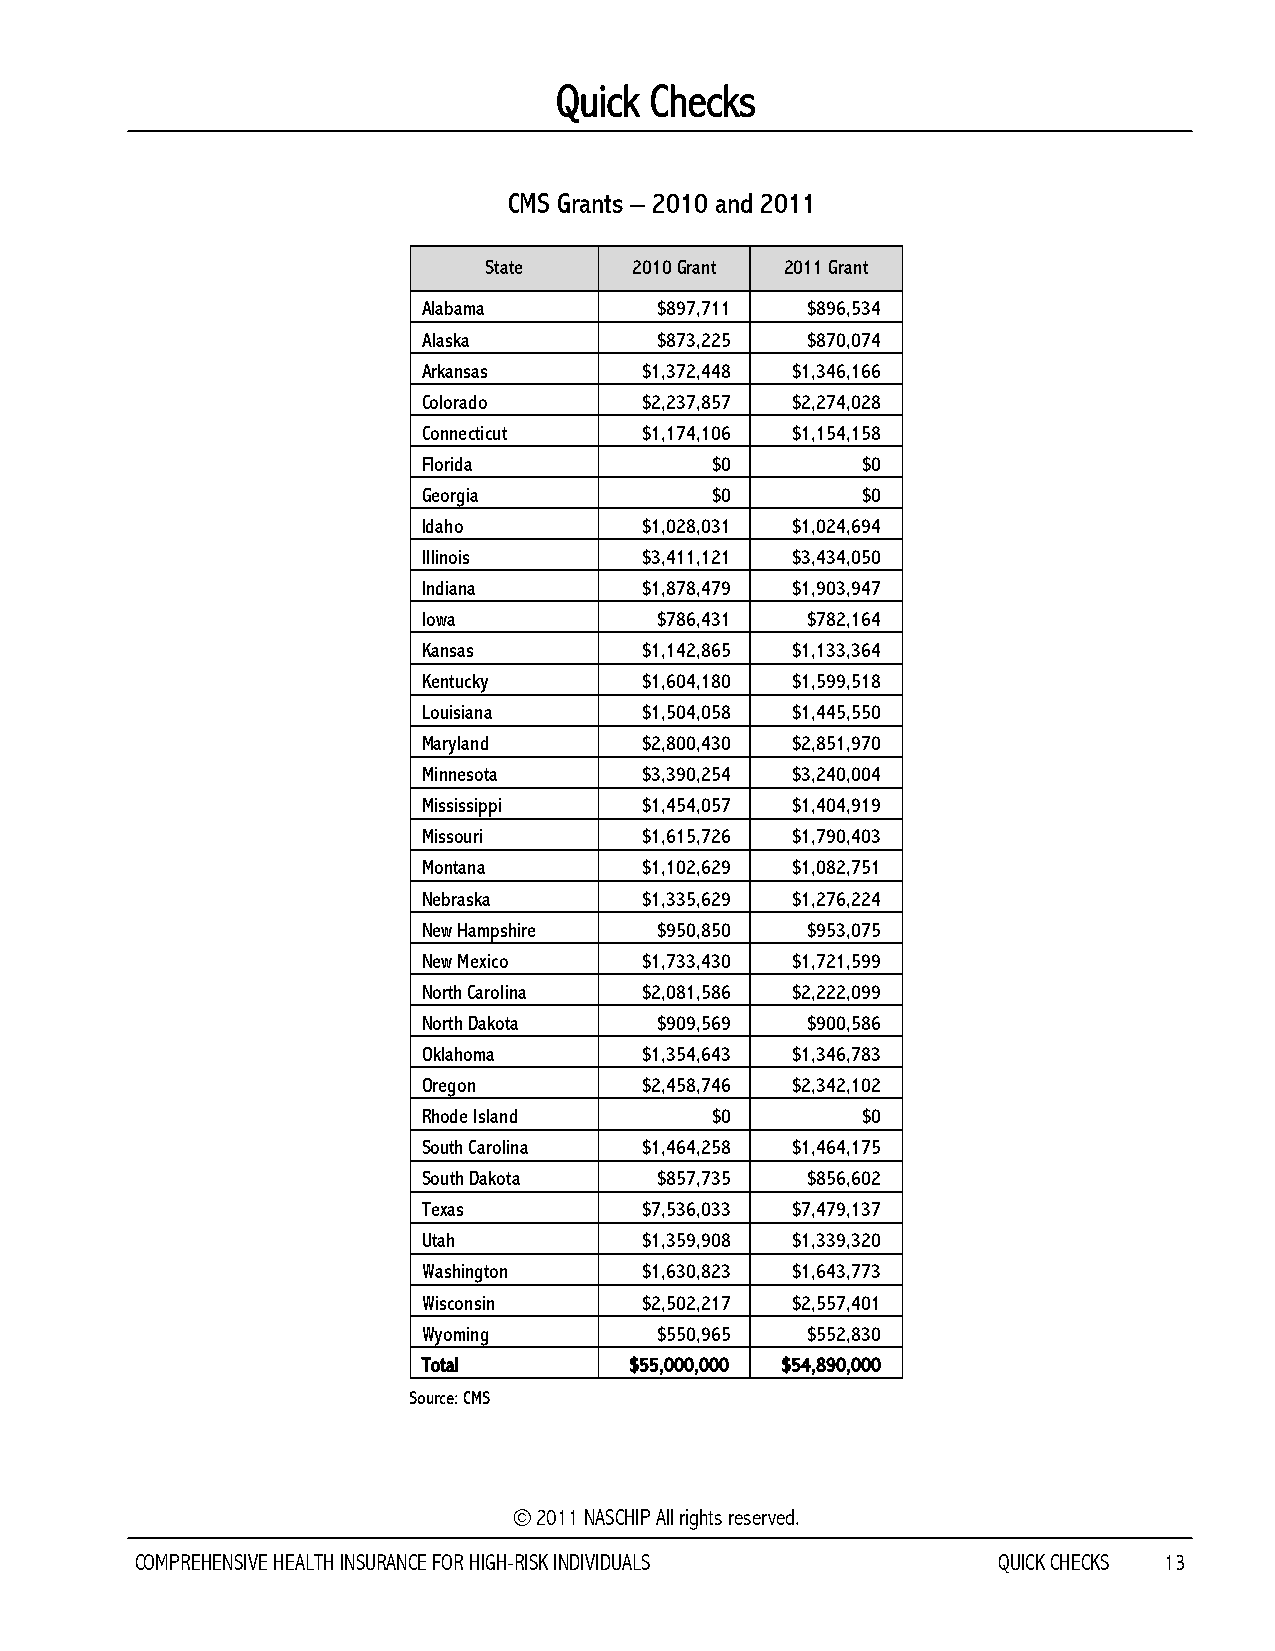
Quick Checks
 CMS Grants – 2010 and 2011
 State     2010 Grant 2011 Grant
 Alabama        $897,711  $896,534
 Alaska         $873,225  $870,074
 Arkansas      $1,372,448 $1,346,166
 Colorado      $2,237,857 $2,274,028
 Connecticut   $1,174,106 $1,154,158
 Florida            $0        $0
 Georgia            $0        $0
 Idaho         $1,028,031 $1,024,694
 Illinois      $3,411,121 $3,434,050
 Indiana       $1,878,479 $1,903,947
 Iowa           $786,431  $782,164
 Kansas        $1,142,865 $1,133,364
 Kentucky      $1,604,180 $1,599,518
 Louisiana     $1,504,058 $1,445,550
 Maryland      $2,800,430 $2,851,970
 Minnesota     $3,390,254 $3,240,004
 Mississippi   $1,454,057 $1,404,919
 Missouri      $1,615,726 $1,790,403
 Montana       $1,102,629 $1,082,751
 Nebraska      $1,335,629 $1,276,224
 New Hampshire  $950,850  $953,075
 New Mexico    $1,733,430 $1,721,599
 North Carolina $2,081,586 $2,222,099
 North Dakota   $909,569  $900,586
 Oklahoma      $1,354,643 $1,346,783
 Oregon        $2,458,746 $2,342,102
 Rhode Island       $0        $0
 South Carolina $1,464,258 $1,464,175
 South Dakota   $857,735  $856,602
 Texas         $7,536,033 $7,479,137
 Utah          $1,359,908 $1,339,320
 Washington    $1,630,823 $1,643,773
 Wisconsin     $2,502,217 $2,557,401
 Wyoming        $550,965  $552,830
 Total         $55,000,000 $54,890,000
 Source: CMS
 © 2011 NASCHIP All rights reserved.
 COMPREHENSIVE HEALTH INSURANCE FOR HIGH-RISK INDIVIDUALS QUICK CHECKS 13